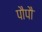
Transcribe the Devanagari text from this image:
पौपौ